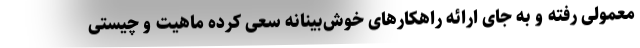
معمولی رفته و به جای ارائه راهکارهای خوش‌بینانه سعی کرده ماهیت و چیستی